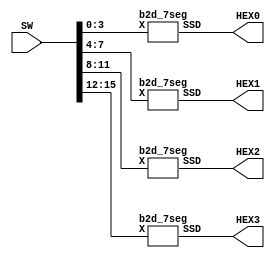
module part1 (SW, HEX0, HEX1, HEX2, HEX3);
   input [17:0] SW;
   output [0:6] HEX0, HEX1, HEX2, HEX3;

   b2d_7seg B0 (SW[3:0], HEX0);
   b2d_7seg B1 (SW[7:4], HEX1);
   b2d_7seg B2 (SW[11:8], HEX2);
   b2d_7seg B3 (SW[15:12], HEX3);
endmodule

module b2d_7seg (X, SSD);
       input [3:0] X;
       output [0:6] SSD;
       assign SSD[0] = ((~X[3] & ~X[2] & ~X[1] &  X[0]) | (~X[3] &  X[2] & ~X[1] & ~X[0]));
       assign SSD[1] = ((~X[3] &  X[2] & ~X[1] &  X[0]) | (~X[3] &  X[2] &  X[1] & ~X[0]));
       assign SSD[2] =  (~X[3] & ~X[2] &  X[1] & ~X[0]);
       assign SSD[3] = ((~X[3] & ~X[2] & ~X[1] &  X[0]) | (~X[3] &  X[2] & ~X[1] & ~X[0]) | (~X[3] &  X[2] & X[1] & X[0]) | (X[3] & ~X[2] & ~X[1] & X[0]));
       assign SSD[4] = ~((~X[2] & ~X[0]) | (X[1] & ~X[0]));
       assign SSD[5] = ((~X[3] & ~X[2] & ~X[1] &  X[0]) | (~X[3] & ~X[2] &  X[1] & ~X[0]) | (~X[3] & ~X[2] & X[1] & X[0]) | (~X[3] & X[2] & X[1] & X[0]));
       assign SSD[6] = ((~X[3] & ~X[2] & ~X[1] &  X[0]) | (~X[3] & ~X[2] & ~X[1] & ~X[0]) | (~X[3] &  X[2] & X[1] & X[0]));
endmodule